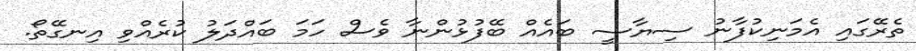
ތެރޭގައި އެމަނިކުފާނު ސިޔާސީ ބައެއް ބޭފުޅުންނާ ވެސް ހަމަ ބައްދަލު ކުރެއްވި އިނގޭތޯ.